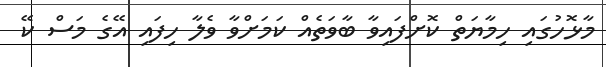
މާޅޮހުގައި ހިމާޔަތް ކޮށްފައިވާ ބާވަތެއް ކަމަށްވާ ވެލާ ހިފައި އޭގެ މަސް ކޭ